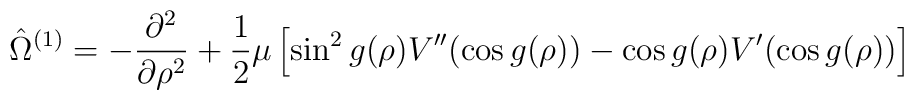
\hat{\Omega}^{(1)}=-\frac{\partial^2}{\partial\rho^2} +\frac12\mu\left[\sin^2 g(\rho) V''(\cos g(\rho)) - \cos g(\rho)V'(\cos g(\rho))\right]